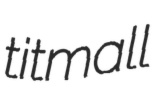
titmall